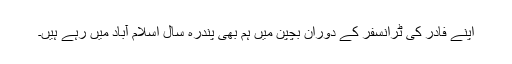
اپنے فادر کی ٹرانسفر کے دوران بچپن میں ہم بھی پندرہ سال اسلام آباد میں رہے ہیں۔